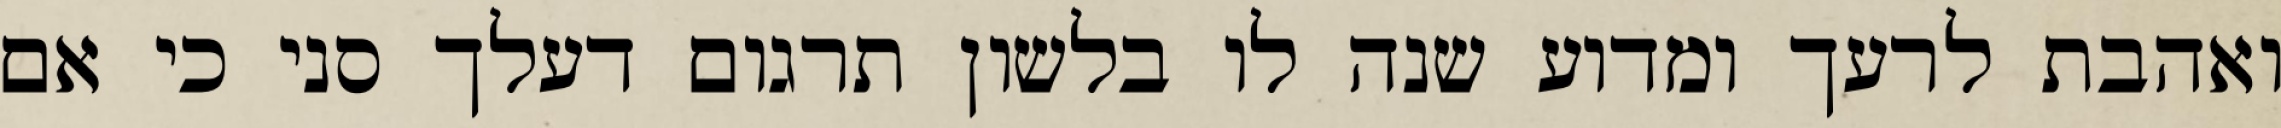
ואהבת לרעך ומדוע שנה לו בלשון תרגום דעלך סני כי אם